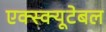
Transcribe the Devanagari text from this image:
एक्स्क्यूटेबल